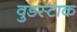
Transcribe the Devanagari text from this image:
वुडस्टाक